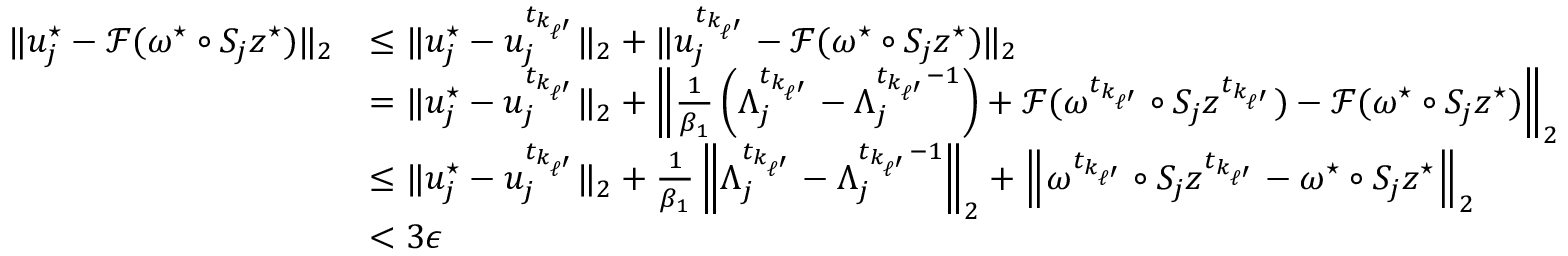
\begin{array} { r l } { \| u _ { j } ^ { \star } - \mathcal { F } ( \omega ^ { \star } \circ S _ { j } z ^ { \star } ) \| _ { 2 } } & { \leq \| u _ { j } ^ { \star } - u _ { j } ^ { t _ { k _ { \ell ^ { \prime } } } } \| _ { 2 } + \| u _ { j } ^ { t _ { k _ { \ell ^ { \prime } } } } - \mathcal { F } ( \omega ^ { \star } \circ S _ { j } z ^ { \star } ) \| _ { 2 } } \\ & { = \| u _ { j } ^ { \star } - u _ { j } ^ { t _ { k _ { \ell ^ { \prime } } } } \| _ { 2 } + \left\| \frac { 1 } { \beta _ { 1 } } \left( \Lambda _ { j } ^ { t _ { k _ { \ell ^ { \prime } } } } - \Lambda _ { j } ^ { t _ { k _ { \ell ^ { \prime } } } - 1 } \right) + \mathcal { F } ( \omega ^ { t _ { k _ { \ell ^ { \prime } } } } \circ S _ { j } z ^ { t _ { k _ { \ell ^ { \prime } } } } ) - \mathcal { F } ( \omega ^ { \star } \circ S _ { j } z ^ { \star } ) \right\| _ { 2 } } \\ & { \leq \| u _ { j } ^ { \star } - u _ { j } ^ { t _ { k _ { \ell ^ { \prime } } } } \| _ { 2 } + \frac { 1 } { \beta _ { 1 } } \left\| \Lambda _ { j } ^ { t _ { k _ { \ell ^ { \prime } } } } - \Lambda _ { j } ^ { t _ { k _ { \ell ^ { \prime } } } - 1 } \right\| _ { 2 } + \left\| \omega ^ { t _ { k _ { \ell ^ { \prime } } } } \circ S _ { j } z ^ { t _ { k _ { \ell ^ { \prime } } } } - \omega ^ { \star } \circ S _ { j } z ^ { \star } \right\| _ { 2 } } \\ & { < 3 \epsilon } \end{array}